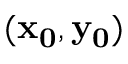
( \mathbf { x _ { 0 } } , \mathbf { y _ { 0 } } )